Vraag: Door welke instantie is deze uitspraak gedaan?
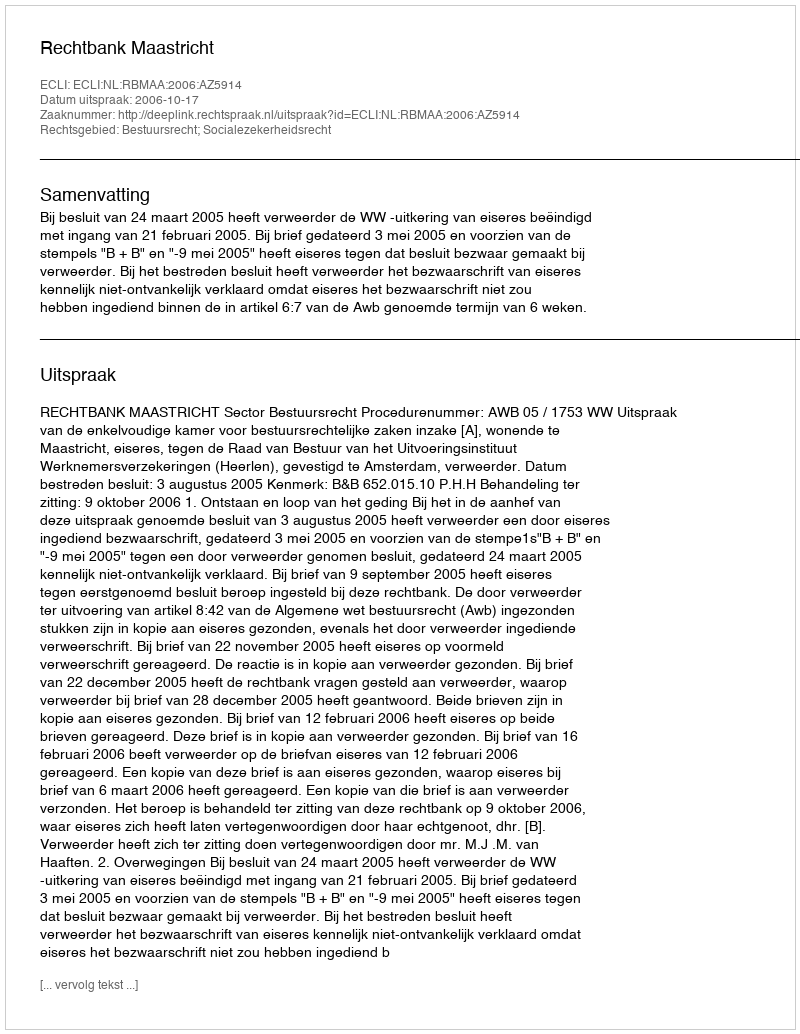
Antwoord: Rechtbank Maastricht